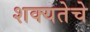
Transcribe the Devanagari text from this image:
शक्यतेचे